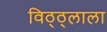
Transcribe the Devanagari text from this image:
विठ्ठ्लाला